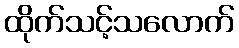
ထိုက်သင့်သလောက်